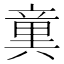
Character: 𥪢